Report on vaccination North-West Frontier Province 1904-1922 - 1904-1922
Year: 1904
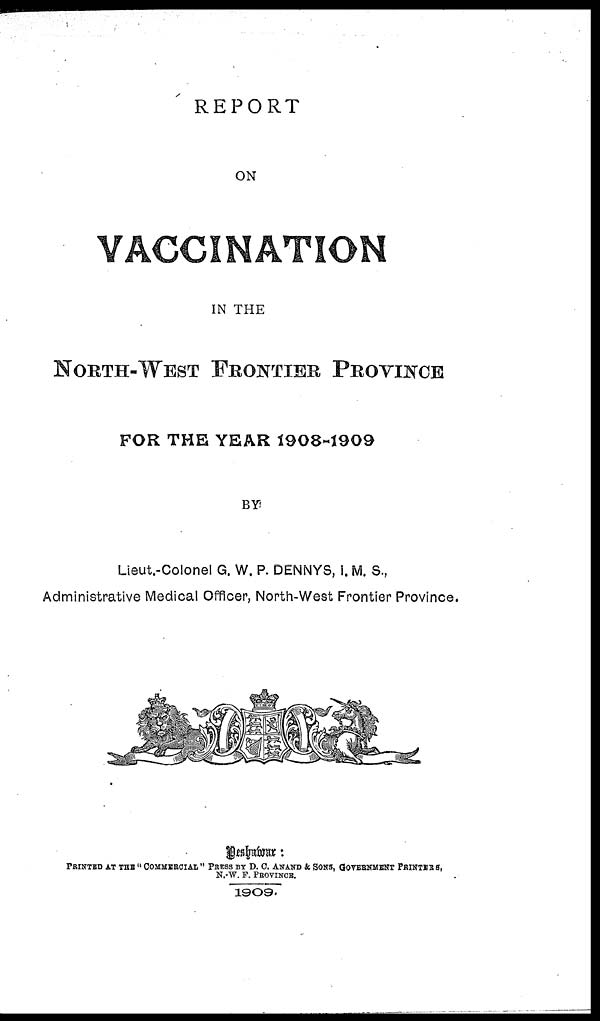
REPORT
ON
VACCINATION
IN THE
NORTH-WEST FRONTIER PROVINCE
FOR THE YEAR 1908-1909
BY
Lieut.-Colonel G. W. P. DENNYS, I. M. S.,
Administrative Medical Officer, North-West Frontier Province.
PRINTED AT THE " COMMERCIAL " PRESS BY D. C. ANAND & SONS, GOVERNMENT PRINTERS,
N.-W. F. PROVINCE.
1909.